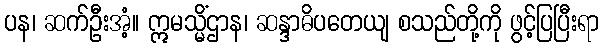
ပန၊ ဆက်ဦးအံ့။ ဣမသ္မိံဌာန၊ ဆန္ဒာဓိပတေယျ စသည်တို့ကို ဖွင့်ပြပြီးရာ